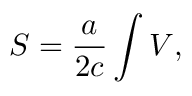
{ \cal S } = \frac { a } { 2 c } \int { \cal V } ,